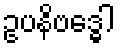
ဥပနိဗဒ္ဓေါ